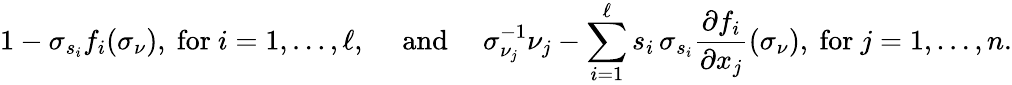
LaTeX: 1-\sigma_{s_{i}}f_{i}(\sigma_{\nu}),\mathrm{~for~}i=1,\ldots,\ell,\quad\mathrm{~and~}\quad\sigma_{\nu_{j}}^{-1}\nu_{j}-\sum_{i=1}^{\ell}s_{i}\, \sigma_{s_{i}}\frac{\partial f_{i}}{\partial x_{j}}(\sigma_{\nu}),\mathrm{~for~}j=1,\ldots,n.